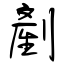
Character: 剷